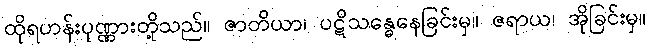
ထိုရဟန်းပုဏ္ဏားတို့သည်။ ဇာတိယာ၊ ပဋိသန္ဓေနေခြင်းမှ။ ဇရာယ၊ အိုခြင်းမှ။